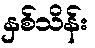
နှစ်သိန်း